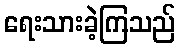
ရေးသားခဲ့ကြသည်